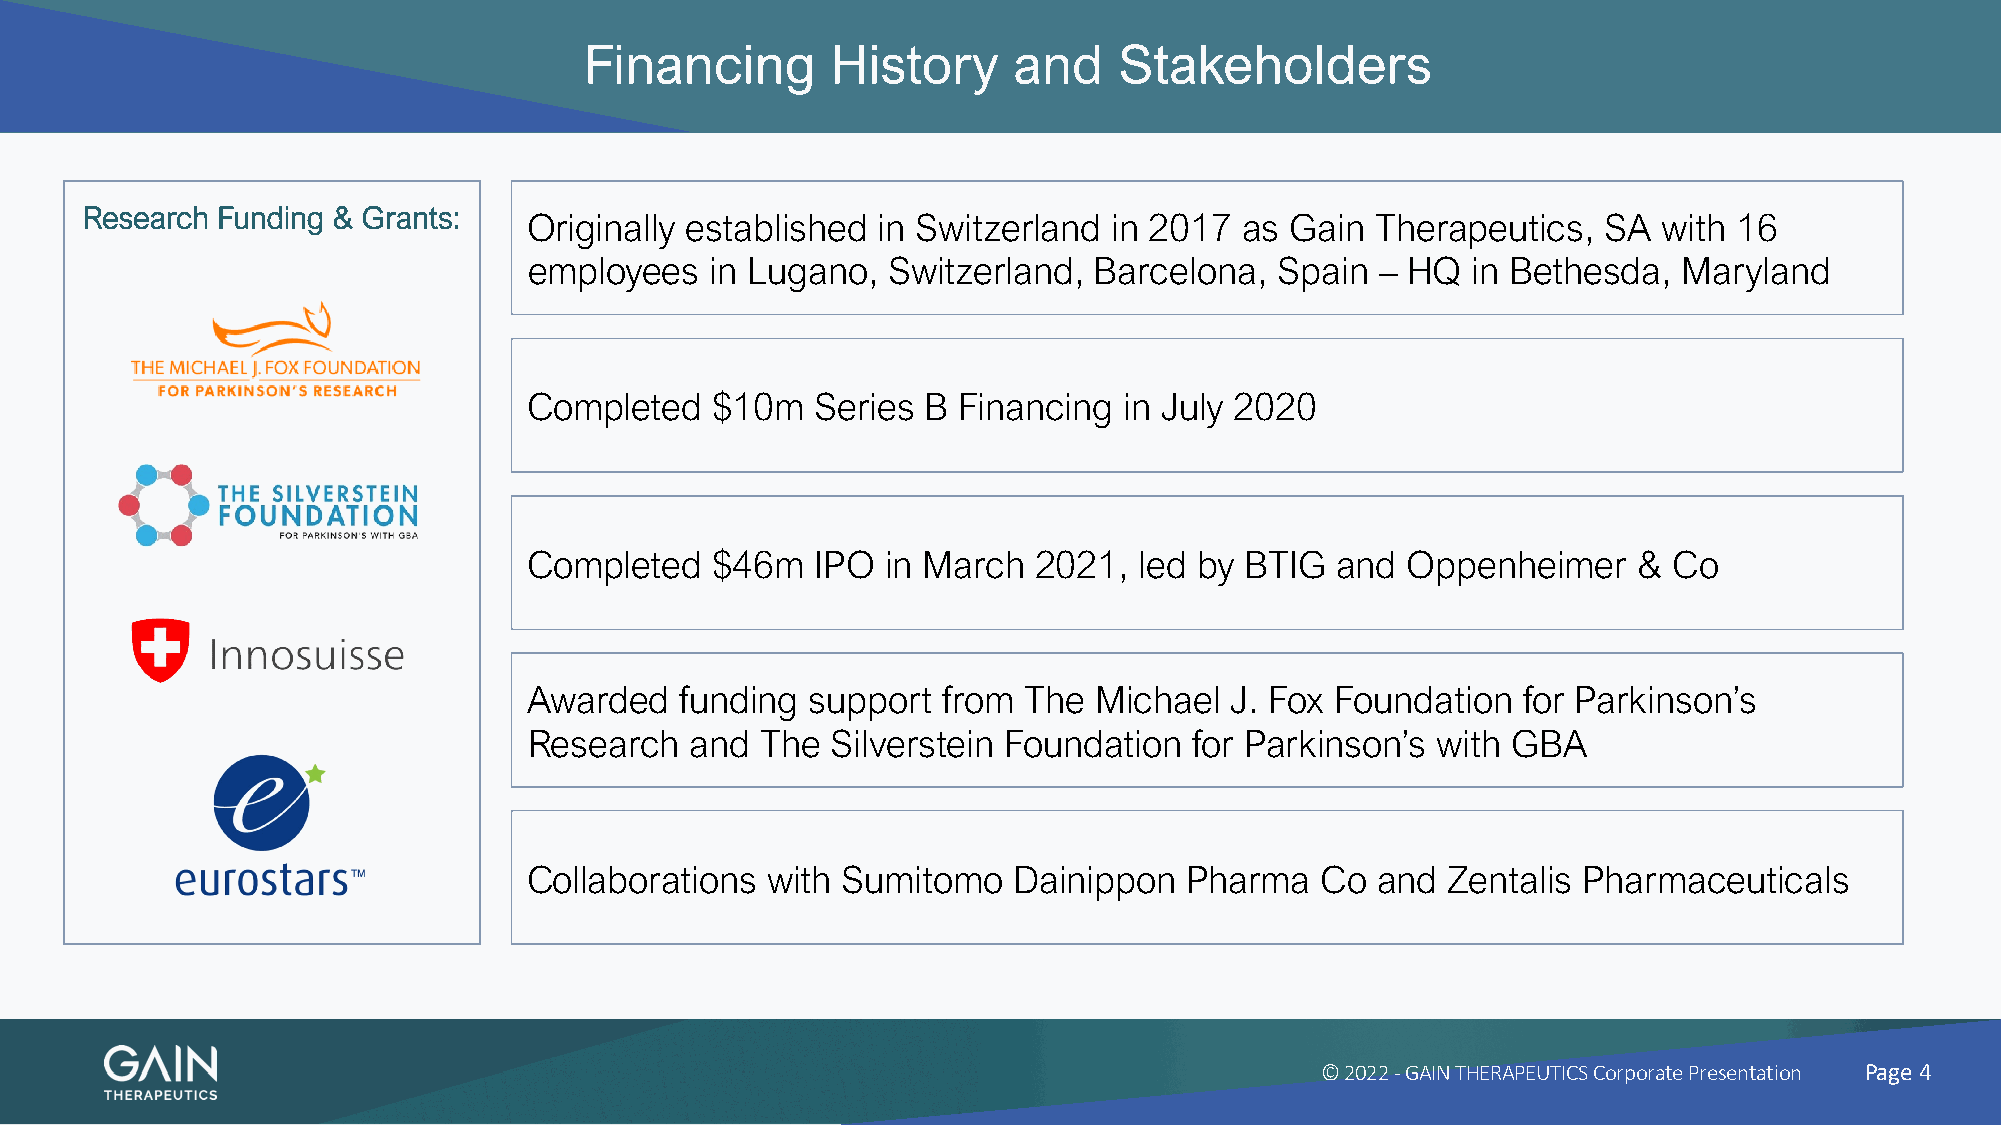
Financing       History     and    Stakeholders
 Research Funding & Grants:
 Originally established in Switzerland  in 2017 as Gain  Therapeutics,  SA  with 16
 employees   in Lugano,  Switzerland, Barcelona,   Spain – HQ  in Bethesda,  Maryland
 Completed   $10m   Series B Financing  in July 2020
 Completed   $46m   IPO  in March  2021, led by BTIG  and  Oppenheimer    &  Co
 Awarded   funding  support from  The  Michael J. Fox Foundation   for Parkinson’s
 Research   and The  Silverstein Foundation  for Parkinson’s with GBA
 Collaborations  with Sumitomo   Dainippon   Pharma  Co  and  Zentalis Pharmaceuticals
 © 2022 -GAIN THERAPEUTICS Corporate Presentation Page 4